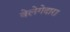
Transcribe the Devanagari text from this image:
वेलेगेदारा